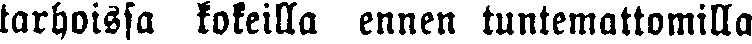
tarhoissa kokeilla ennen tuntemattomilla